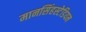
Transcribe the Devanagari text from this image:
मानसिंहस्टेडियम